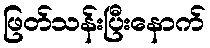
ဖြတ်သန်းပြီးနောက်